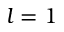
l = 1